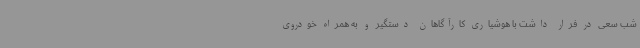
شب سعی در فرار داشت با هوشیاری کارآگاهان دستگیر و به همراه خودروی